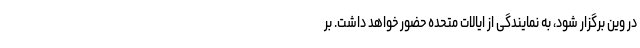
در وین برگزار شود، به نمایندگی از ایالات متحده حضور خواهد داشت. بر